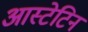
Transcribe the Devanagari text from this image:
आस्टेटिन